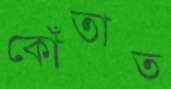
কোঁতাত